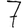
Digit: 7